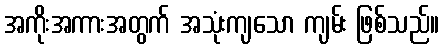
အကိုးအကားအတွက် အသုံးကျသော ကျမ်း ဖြစ်သည်။